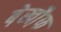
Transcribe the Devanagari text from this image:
बे़खौ़फ